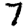
Digit: 7